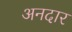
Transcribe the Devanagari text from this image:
अनदार